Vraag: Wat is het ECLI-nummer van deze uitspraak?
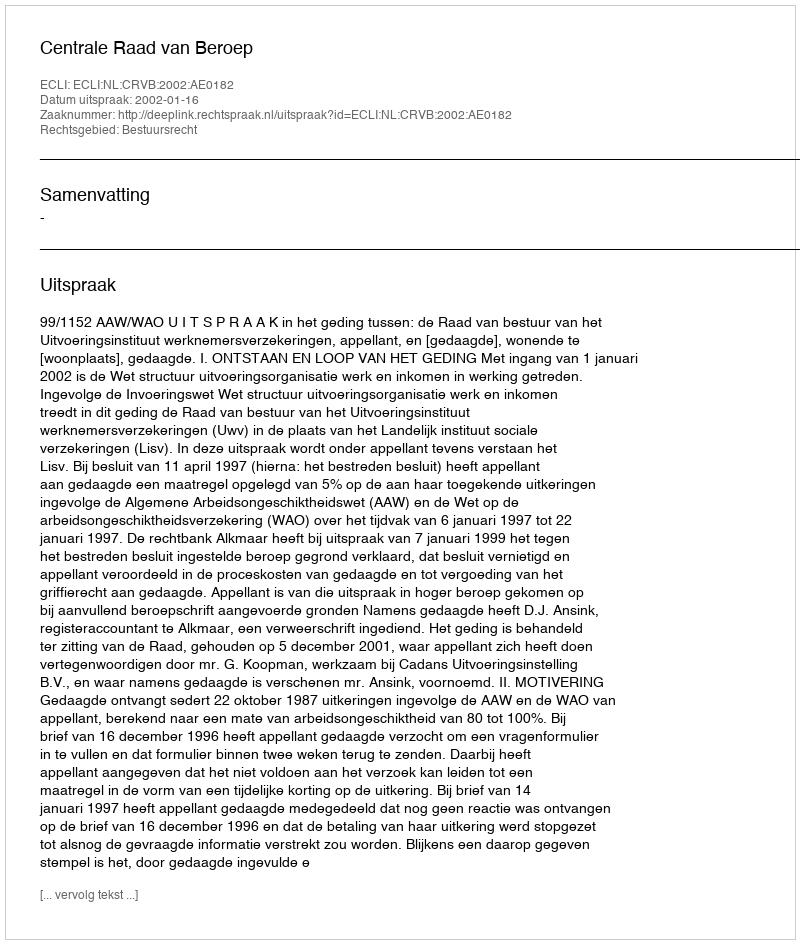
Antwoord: ECLI:NL:CRVB:2002:AE0182